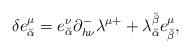
LaTeX: \begin{align*}\delta e^\mu_{\breve\alpha} = e^\nu_{\breve\alpha} \partial^-_{h \nu} \lambda^{\mu +} + \lambda^{\breve\beta}_{\breve\alpha} e^\mu_{\breve\beta} ,\end{align*}